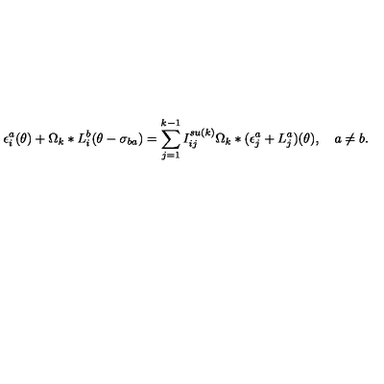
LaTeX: \epsilon _ { i } ^ { a } ( \theta ) + \Omega _ { k } \ast L _ { i } ^ { b } ( \theta - \sigma _ { b a } ) = \sum _ { j = 1 } ^ { k - 1 } I _ { i j } ^ { s u ( k ) } \Omega _ { k } \ast ( \epsilon _ { j } ^ { a } + L _ { j } ^ { a } ) ( \theta ) , \quad a \neq b .